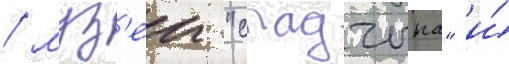
/ муз'еи "спадчына" и́